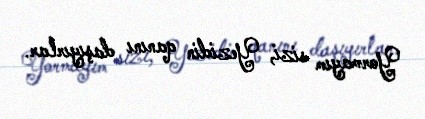
Yormayım sizi, Yezidin qanını daşıyırlar.